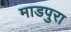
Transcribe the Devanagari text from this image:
माडपुरा